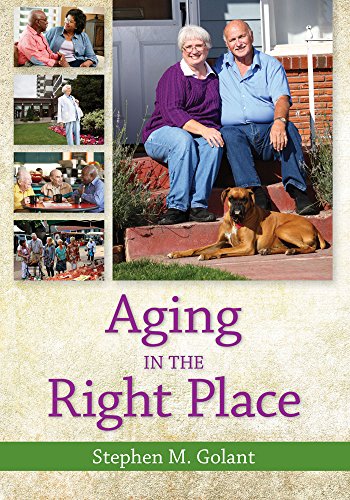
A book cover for Aging in the Right Place; Stephen Golant; Medical Books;